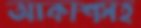
আকাশসহ